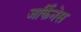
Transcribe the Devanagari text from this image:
जर्किनेस